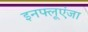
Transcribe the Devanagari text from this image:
इनफ्लूएंजा